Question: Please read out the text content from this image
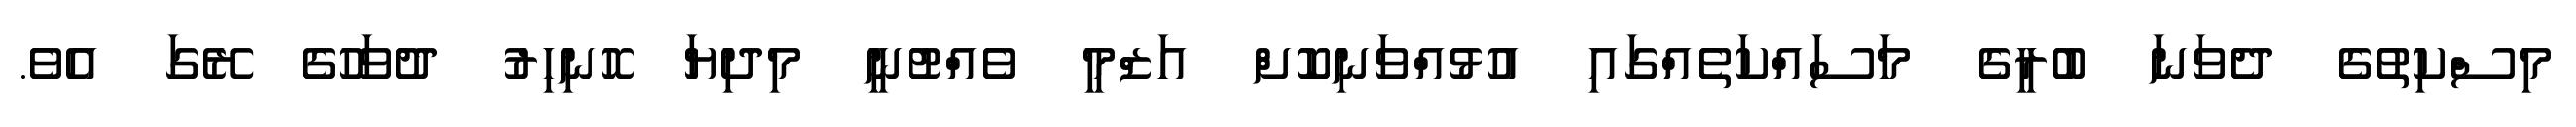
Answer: މިސްކިތުގެ ދެވަނަ ބުރީގެ މަސައްކަތެއްގައި އުޅުއްވަނިކޮށް އަޒްމީ ވެއްޓުނީ މިދިޔަ ހޮނިހިރު ދުވަހުގެ ރޭގަ އެވެ.